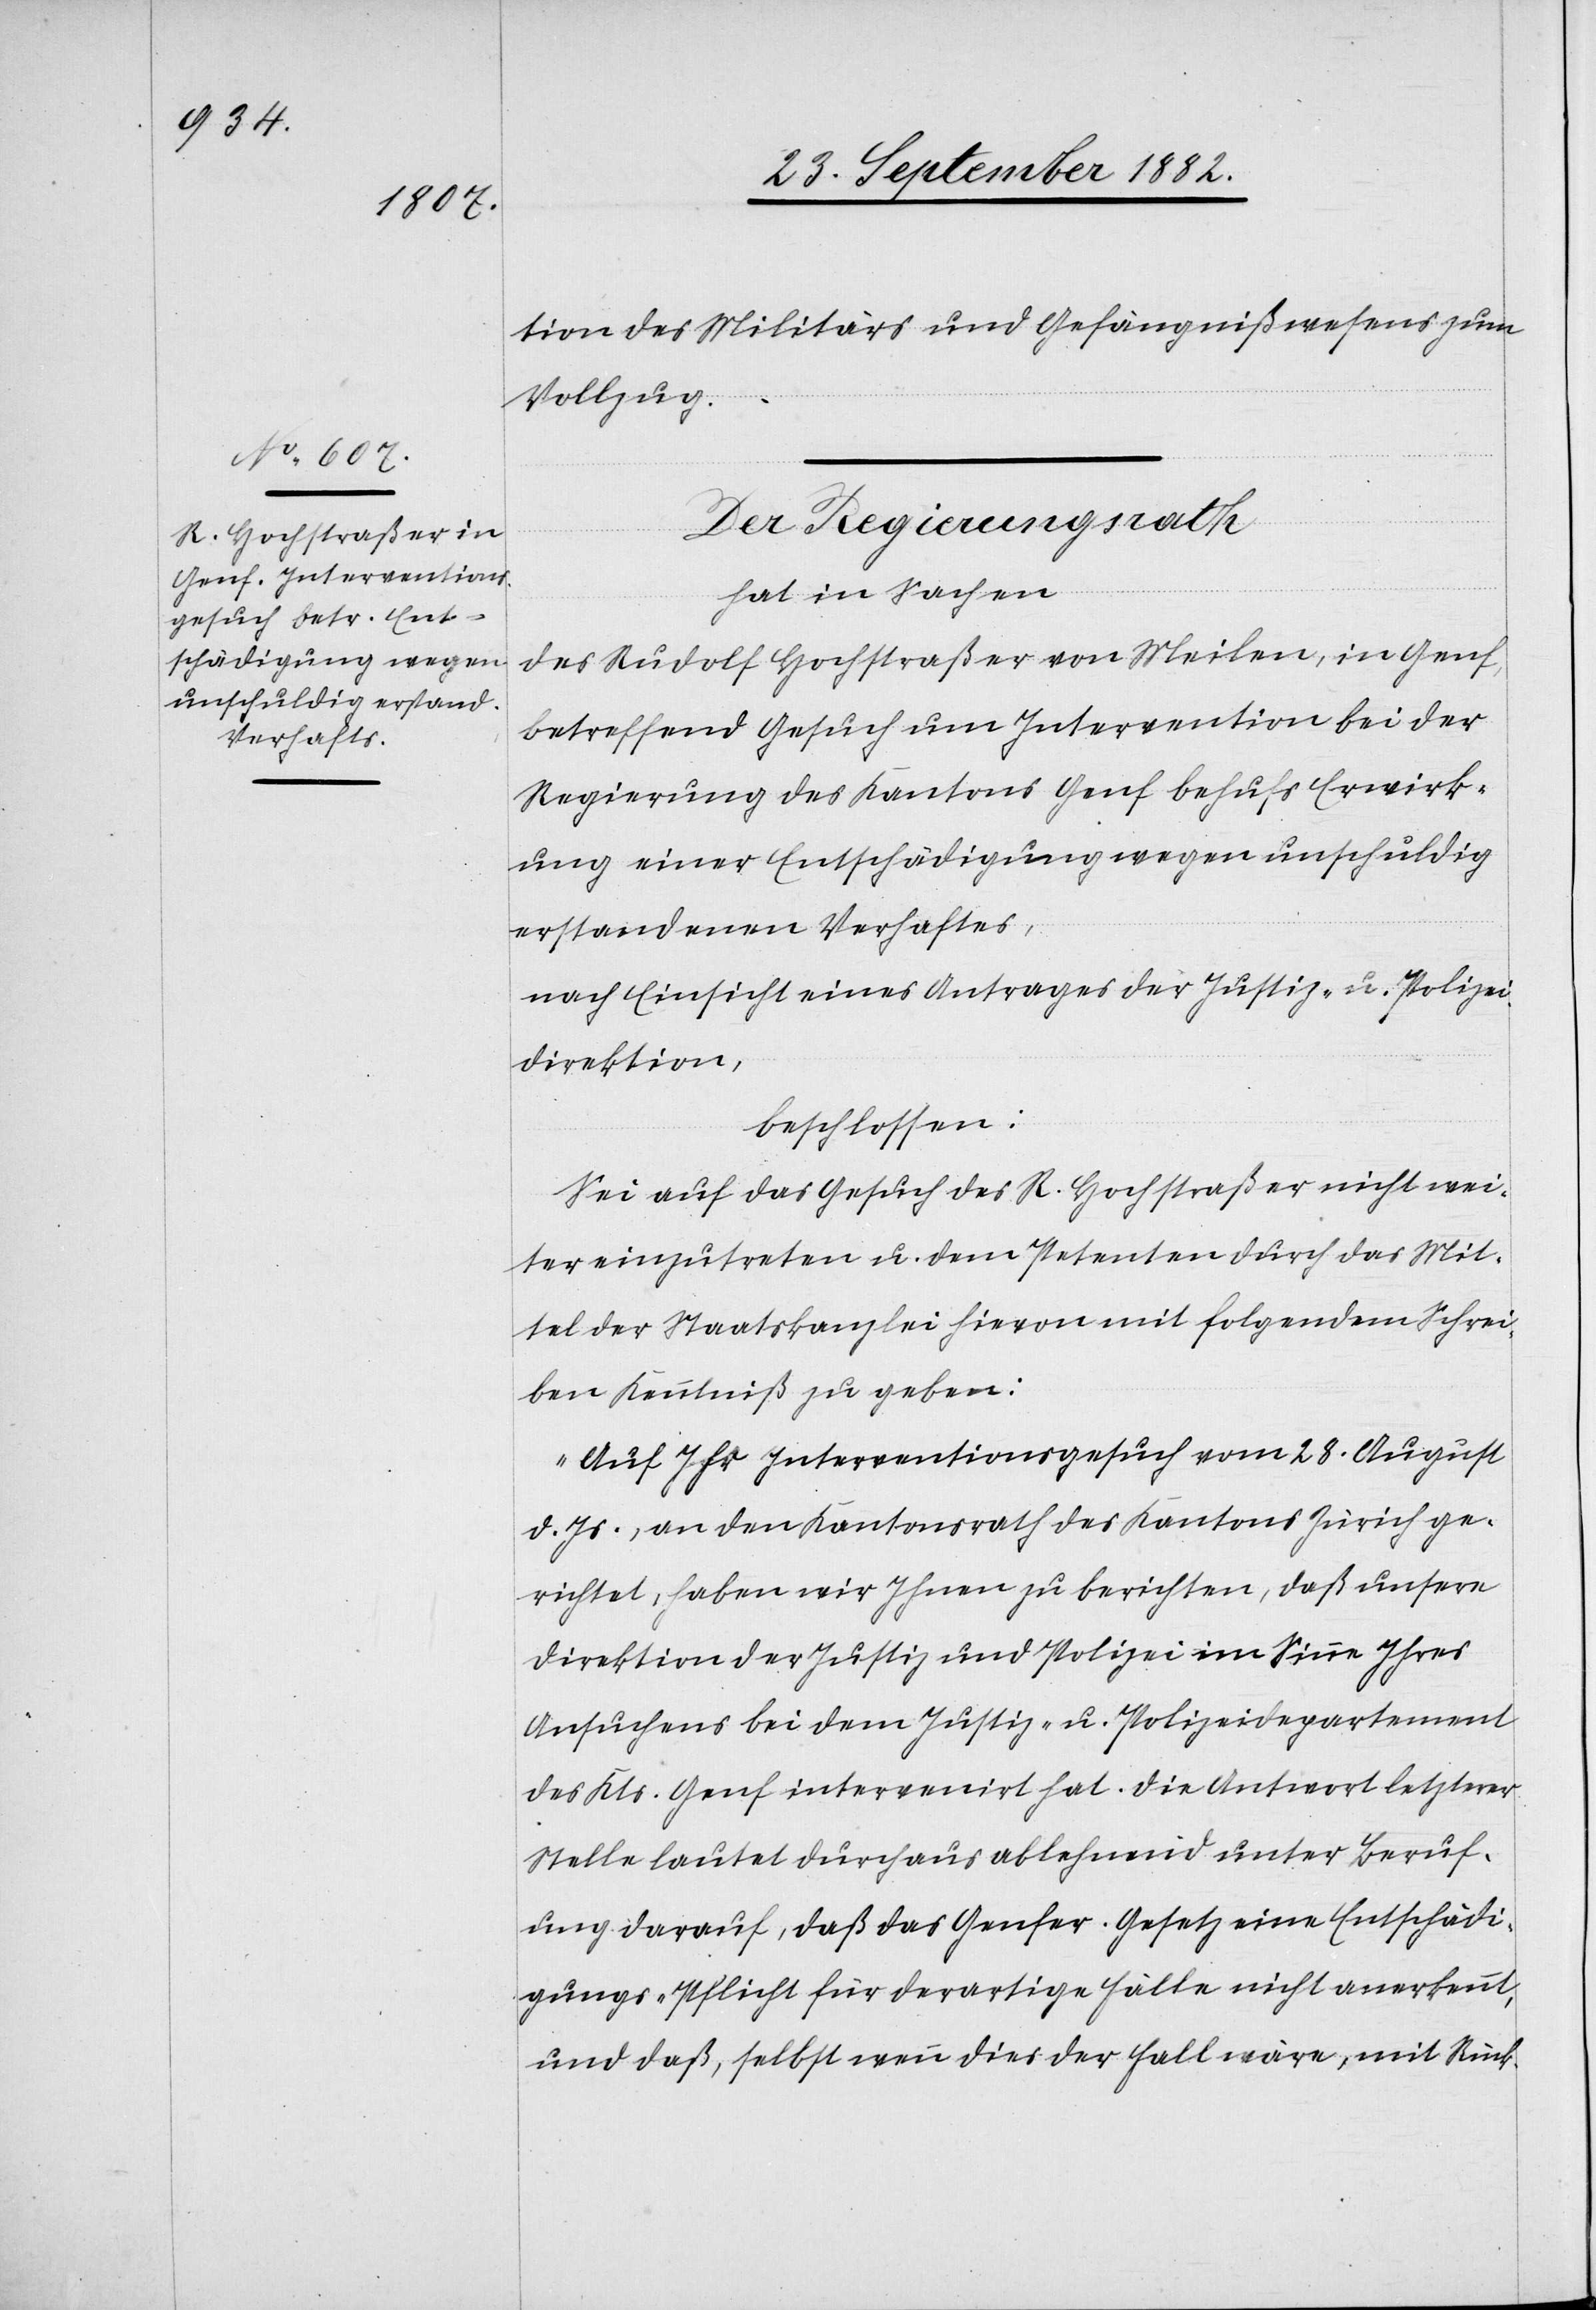
tion des Militärs und Gefängnißwesens zum
Vollzug.
Der Regierungsrath
hat in Sachen
des Rudolf Hochstraßer, von Meilen, in Genf,
betreffend Gesuch um Intervention bei der
Regierung des Kantons Genf behufs Erwirk¬
ung einer Entschädigung wegen unschuldig
erstandenen Verhaftes,
nach Einsicht eines Antrages der Justiz- & Polizei¬
direktion,
beschlossen:
Sei auf das Gesuch des R. Hochstraßer nicht wei¬
ter einzutreten u. dem Petenten durch das Mit¬
tel der Staatskanzlei mit folgendem Schreiben Kenntniß
„Auf Ihr Interventionsgesuch vom 28. August
d. Js., an den Kantonsrath des Kantons Zürich ge¬
richtet, haben wir Ihnen zu berichten, daß unsere
Direktion der Justiz und Polizei im Sinne Ihres
Ansuchens bei dem Justiz- u. Polizeidepartement
des Kts. Genf intervenirt hat. Die Antwort letztere
Stelle lautet durchaus ablehnend unter Beruf¬
ung darauf, daß das Genfer Gesetz eine Entschädi¬
gungs-Pflicht für derartige Fälle nicht anerkennt,
und daß, selbst wenn dies der Fall wäre, mit Rück-